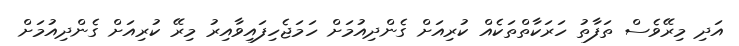
އަދި މިރޭވެސް ތަފާތު ހަރަކާތްތަކެއް ކުރިއަށް ގެންދިއުމަށް ހަމަޖެހިފައިވާއިރު މިރޭ ކުރިއަށް ގެންދިއުމަށް